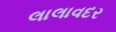
લાલાવદર